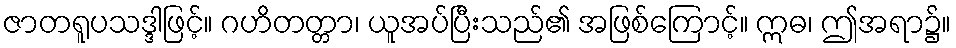
ဇာတရူပသဒ္ဒါဖြင့်။ ဂဟိတတ္တာ၊ ယူအပ်ပြီးသည်၏ အဖြစ်ကြောင့်။ ဣဓ၊ ဤအရာ၌။